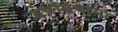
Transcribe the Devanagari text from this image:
वर्षावर्षाला